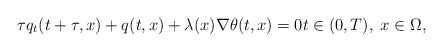
\begin{align*} \tau q_{t}(t + \tau, x) + q(t, x) + \lambda(x) \nabla \theta(t, x) = 0 t \in (0, T), \; x \in \Omega, \end{align*}